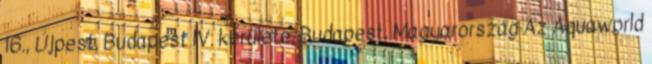
16., Újpest, Budapest IV. kerülete, Budapest, Magyarország Az Aquaworld